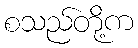
စသည်တို့က